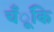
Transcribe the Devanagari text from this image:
चँूंकि